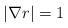
LaTeX: \begin{align*}| \nabla r | =1\end{align*}